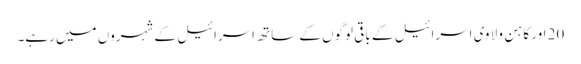
20 اور کا ہن و لا وی اسرائیل کے باقی لوگوں کے ساتھ اسرائیل کے شہروں میں رہے۔